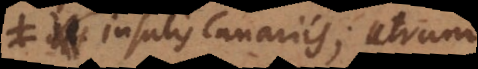
insulis Canariis; utrum